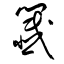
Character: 籖